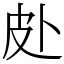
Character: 𱱿